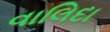
વાલિદા